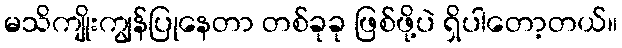
မသိကျိုးကျွန်ပြုနေတာ တစ်ခုခု ဖြစ်ဖို့ပဲ ရှိပါတော့တယ်။